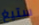
ستيغ